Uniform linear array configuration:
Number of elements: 32
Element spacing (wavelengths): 0.25
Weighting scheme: kaiser
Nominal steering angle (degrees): -30
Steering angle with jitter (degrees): -28.062
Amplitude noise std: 0.05
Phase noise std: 0.05

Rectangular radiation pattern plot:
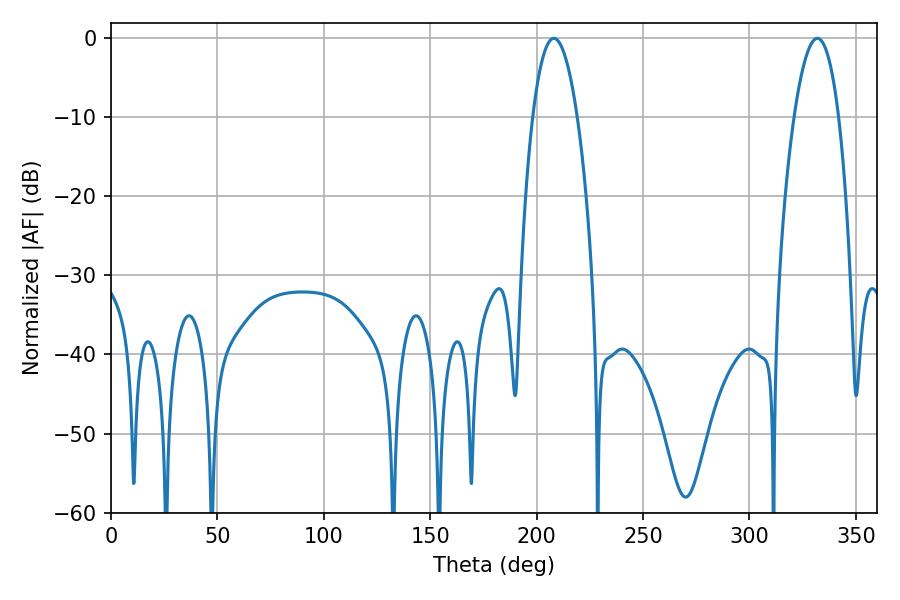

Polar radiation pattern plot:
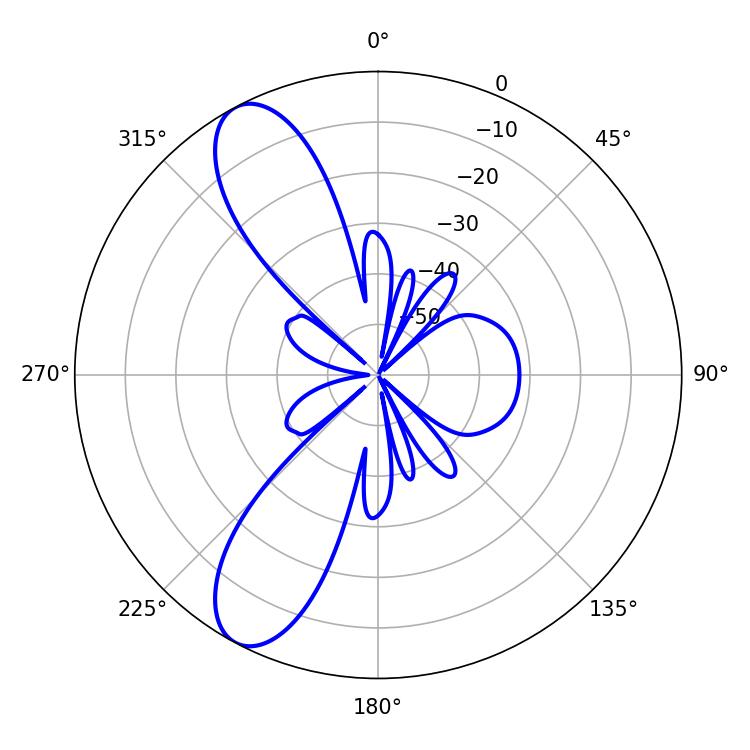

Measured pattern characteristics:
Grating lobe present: FALSE
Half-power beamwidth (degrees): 11.52
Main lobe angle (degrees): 331.92